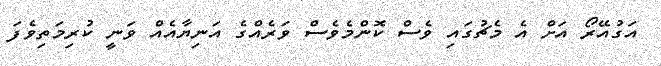
އަގުއޭރޯ އަށް އެ މެޗުގައި ވެސް ކޮންމެވެސް ވަރެއްގެ އަނިޔާއެއް ވަނީ ކުރިމަތިވެފަ